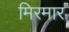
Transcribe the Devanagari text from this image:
मिरमार